Sketch of the medical history of the native army of Bombay, for the year
Year: 1870
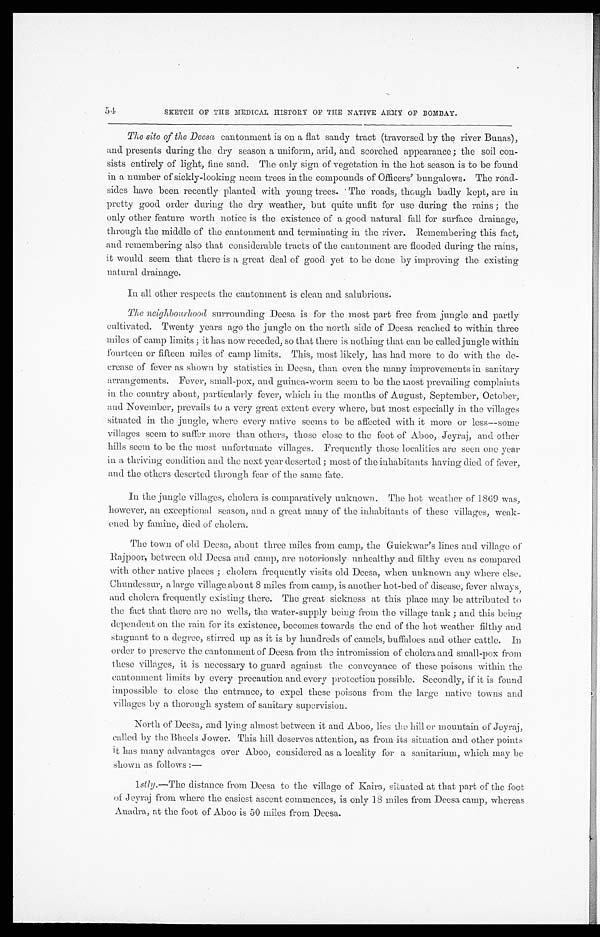
54
SKETCH OF THE MEDICAL HISTORY OF THE NATIVE ARMY OF BOMBAY.
The site of the Deesa cantonment is on a flat sandy tract (traversed by the river Bunas),
and presents during the dry season a uniform, arid, and scorched appearance ; the soil con
-
sists entirely of light, fine sand. The only sign of vegetation in the hot season is to be found
in a number of sickly-looking neem trees in the compounds of Officers' bungalows. The road-
sides have been recently planted with young trees. The roads, though badly kept, are in
pretty good order during the dry weather, but quite unfit for use during the rains ; the
only other feature worth notice is the existence of a good natural fall for surface drainage,
through the middle of the cantonment and terminating in the river. Remembering this fact,
and remembering also that considerable tracts of the cantonment are flooded during the rains,
it would seem that there is a great deal of good yet to be done by improving the existing
natural drainage.
In all other respects the cantonment is clean and salubrious.
The neighbourhood surrounding Deesa is for the most part free from jungle and partly
cultivated. Twenty years ago the jungle on the north side of Deesa reached to within three
miles of camp limits ; it has now receded, so that there is nothing that can be called jungle within
fourteen or fifteen miles of camp limits. This, most likely, has had more to do with the de-
crease of fever as shown by statistics in Deesa, than even the many improvements in sanitary
arrangements. Fever, small-pox, and guinea-worm seem to be the most prevailing complaints
in the country about, particularly fever, which in the months of August, September, October,
and November, prevails to a very great extent every where, but most especially in the villages
situated in the jungle, where every native seems to be affected with it more or less—some
villages seem to suffer more than others, those close to the foot of Aboo, Jeyraj, and other
hills seem to be the most unfortunate villages. Frequently those localities are seen one year
in a thriving condition and the next year deserted ; most of the inhabitants having died of fever,
and the others deserted through fear of the same fate.
In the jungle villages, cholera is comparatively unknown. The hot weather of 1869 was,
however, an exceptional season, and a great many of the inhabitants of these villages, weak
-
ened by famine, died of cholera.
The town of old Deesa, about three miles from camp, the Guickwar's lines and village of
Rajpoor, between old Deesa and camp, are notoriously unhealthy and filthy even as compared
with other native places ; cholera frequently visits old Deesa, when unknown any where else.
Chundessur, a large village about 8 miles from camp, is another hot-bed of disease, fever always,
and cholera frequently existing there. The great sickness at this place may be attributed to
the fact that there are no wells, the water-supply being from the village tank ; and this being
dependent on the rain for its existence, becomes towards the end of the hot weather filthy and
stagnant to a degree, stirred up as it is by hundreds of camels, buffaloes and other cattle. In
order to preserve the cantonment of Deesa from the intromission of cholera and small-pox from
these villages, it is necessary to guard against the conveyance of these poisons within the
cantonment limits by every precaution and every protection possible. Secondly, if it is found
impossible to close the entrance, to expel these poisons from the large native towns and
villages by a thorough system of sanitary supervision.
North of Deesa, and lying almost between it and Aboo, lies the hill or mountain of Jeyraj,
called by the Bheels Jower. This hill deserves attention, as from its situation and other points
it has many advantages over Aboo, considered as a locality for a sanitarium, which may be
shown as follows :—
1stly. —The distance from Deesa to the village of Taira, situated at that part of the foot
of Jeyraj from where the easiest ascent commences, is only 18 miles from Deesa camp, whereas
Auadra, at the foot of Aboo is 50 miles from Deesa.